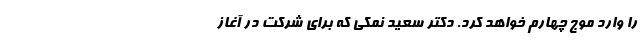
را وارد موج چهارم خواهد کرد. دکتر سعید نمکی که برای شرکت در آغاز